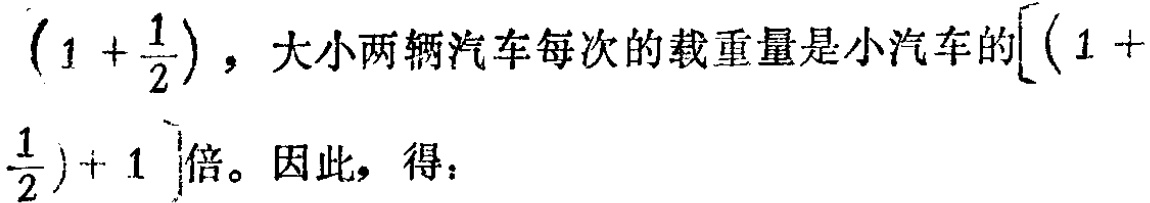
$\left(1 + \dfrac{1}{2}\right)$，大小两辆汽车每次的载重量是小汽车的$\left[\left(1 + \dfrac{1}{2}\right)+ 1\right]$倍。因此，得：